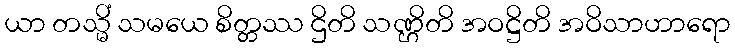
ယာ တသ္မိံ သမယေ စိတ္တဿ ဌိတိ သဏ္ဌိတိ အဝဋ္ဌိတိ အဝိသာဟာရော